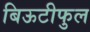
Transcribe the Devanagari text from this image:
बिऊटीफुल